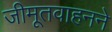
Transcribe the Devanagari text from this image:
जीमूतवाहनने